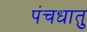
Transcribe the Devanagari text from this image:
पंचधातु